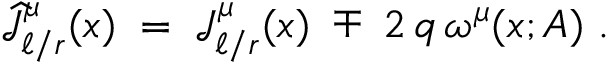
\widehat { { \mathcal J } } _ { \ell / r } ^ { \mu } ( x ) \; = \; { \mathcal J } _ { \ell / r } ^ { \mu } ( x ) \; \mp \; 2 \, q \, \omega ^ { \mu } ( x ; A ) ~ .